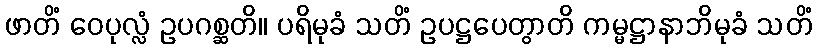
ဖာတိံ ဝေပုလ္လံ ဥပဂစ္ဆတိ။ ပရိမုခံ သတိံ ဥပဋ္ဌပေတွာတိ ကမ္မဋ္ဌာနာဘိမုခံ သတိံ